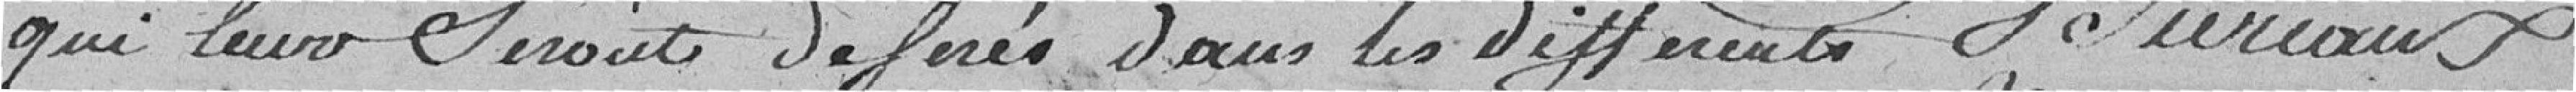
qui leur seront déférés dans les différents bureaux